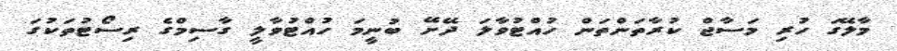
މާލޭގަ ހުރި މަސާޖް ކުރާތަންތަން ހުއްޓުވާލަ ދޭށޭ ބުނީމަ ހުއްޓުވާލީ ގާސިމްގެ ރިސޯޓުތަކުގަ